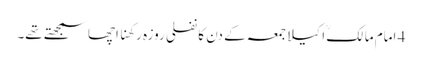
4 امام مالکؒ اکیلاجمعہ کے دن کا نفلی روزہ رکھنا اچھا سمجھتے تھے۔